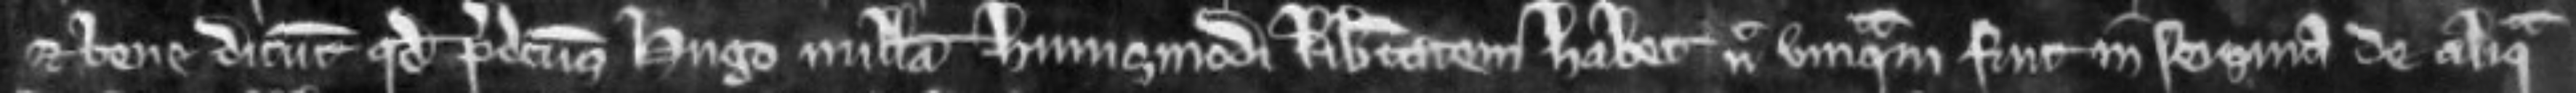
et bene dicunt quod predictus Hugo nullam hujusmodi libertatem habet nec unquam fuit in seisina de aliqua